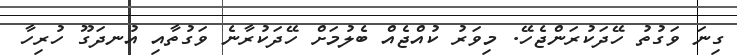
ގިނަ ވަގުތު ހޭދަކުރަންޖެހޭ. މިވަރު ކުއްޖެއް ބެލުމަށް ހޭދަކުރާނެ ވަގުތާއި އުނދަގޫ ހުރިހާ